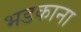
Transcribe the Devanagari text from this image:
भडकाना